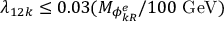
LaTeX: \lambda _ { 1 2 k } \leq 0 . 0 3 ( M _ { \phi _ { k R } ^ { e } } / 1 0 0 \ \mathrm { G e V } )